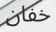
خفان